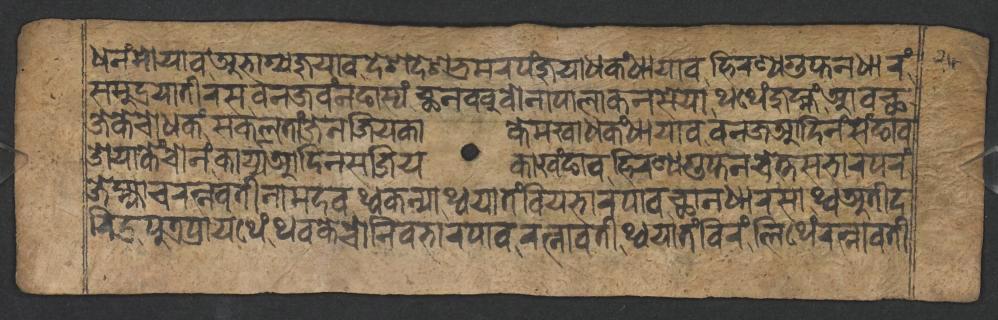
𑐢𑐣𑑄𑐩𑑀𑐫𑐵𑐰𑐀𑐨𑐵𑐐𑑂𑐫𑐖𑐸𑐫𑐵𑐰𑐡𑐾𑐱𑐡𑐾𑐱𑐨𑑂𑐬𑐩𑐬𑐥𑑄𑐖𑐸𑐫𑐵𑐢𑐎𑑄𑐢𑐵𑐫𑐵𑐰𑐴𑐶𑐬𑐞𑑂𑐫𑐐𑐸𑐥𑑂𑐟𑐣𑐢𑐵𑐬𑑄v 𑐳𑐩𑐸𑐡𑑂𑐬𑐫𑐵𑐟𑐷𑐬𑐳𑐧𑐣𑐖𑐰𑑄𑐣𑐒𑐵𑐳𑑂𑐫𑑄𑐕𑐣𑐧𑐧𑐸𑐰𑑀𑐣𑐵𑐥𑐵𑐮𑐵𑐎𑐣𑐳𑐾𑐫𑐵𑐠𑐠𑐾𑑄𑐖𑐸𑐩𑑂𑐴𑑄𑐁𑐰𑐕 𑐖𑐾𑐎𑐾𑐔𑑀𑐢𑐎𑑄𑐳𑐎𑐮𑐟𑐵𑑄𑐖𑐾𑐣𑐖𑐶𑐫𑐎𑐵𑐎𑐾𑐩𑐏𑐵𑐢𑐎𑑄𑐢𑐵𑐫𑐵𑐰𑐧𑐣𑐖𑐁𑐡𑐶𑐣𑑄𑐳𑐾𑑄𑐒𑐵𑐰 𑐌𑐫𑐵𑐎𑐾𑑄𑐔𑑀𑑄𑐣𑑄𑐎𑐵𑐬𑑂𑐫𑑂𑐫𑐁𑐡𑐶𑐣𑐳𑐖𑐶𑐫𑐎𑐵𑐏𑑄𑐒𑐵𑐰𑐴𑐶𑐬𑐞𑑂𑐫𑐐𑐸𑐥𑑂𑐟𑐣𑐔𑐾𑐟𑑂𑐟𑐳𑐨𑐵𑐬𑐥𑐬𑑄 𑐖𑐾𑐩𑑂𑐴𑑂𑐫𑐵𑐔𑐬𑐟𑑂𑐣𑐰𑐟𑐷𑐣𑐵𑐩𑐡𑐰𑐠𑑂𑐰𑐎𑐣𑑂𑐫𑐵𑐠𑑂𑐰𑐫𑐵𑐟𑑄𑐧𑐶𑐫𑐨𑐵𑐬𑐥𑐵𑐰𑐕𑐵𑐣𑐢𑐵𑐬𑐳𑐵𑐠𑑂𑐰𑐀𑐟𑐷𑐡 𑐬𑐶𑐡𑑂𑐬𑐥𑐸𑐟𑑂𑐬𑐥𑑂𑐬𑐵𑐫𑐠𑐾𑑄𑐠𑐰𑐎𑐾𑐔𑑀𑐣𑐶𑐰𑐨𑐵𑐬𑐥𑐵𑐰𑐬𑐟𑑂𑐣𑐵𑐰𑐟𑐷𑐠𑑂𑐰𑐫𑐵𑐟𑑄𑐧𑐶𑐬𑑄𑐮𑐶𑐠𑐾𑑄𑐬𑐟𑑂𑐣𑐵𑐰𑐟𑐷